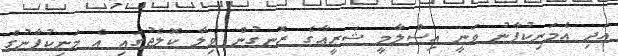
އަދި އެމަނިކުފާނު ވަނީ އިސްލާމީ ޝަރީޢާގެ ރޮނގުން ވިލާ ކޮލެޖުގައި އެ މަނިކުފާނުގެ